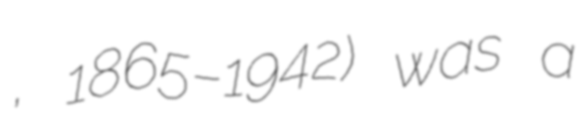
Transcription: Липаев, 1865–1942) was a